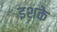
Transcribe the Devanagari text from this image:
इशके